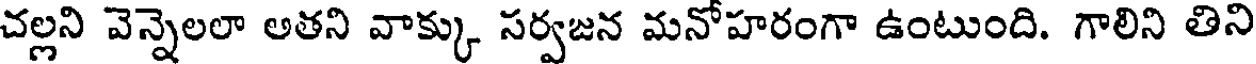
చల్లని వెన్నెలలా అతని వాక్కు సర్వజన మనోహరంగా ఉంటుంది. గాలిని తిని